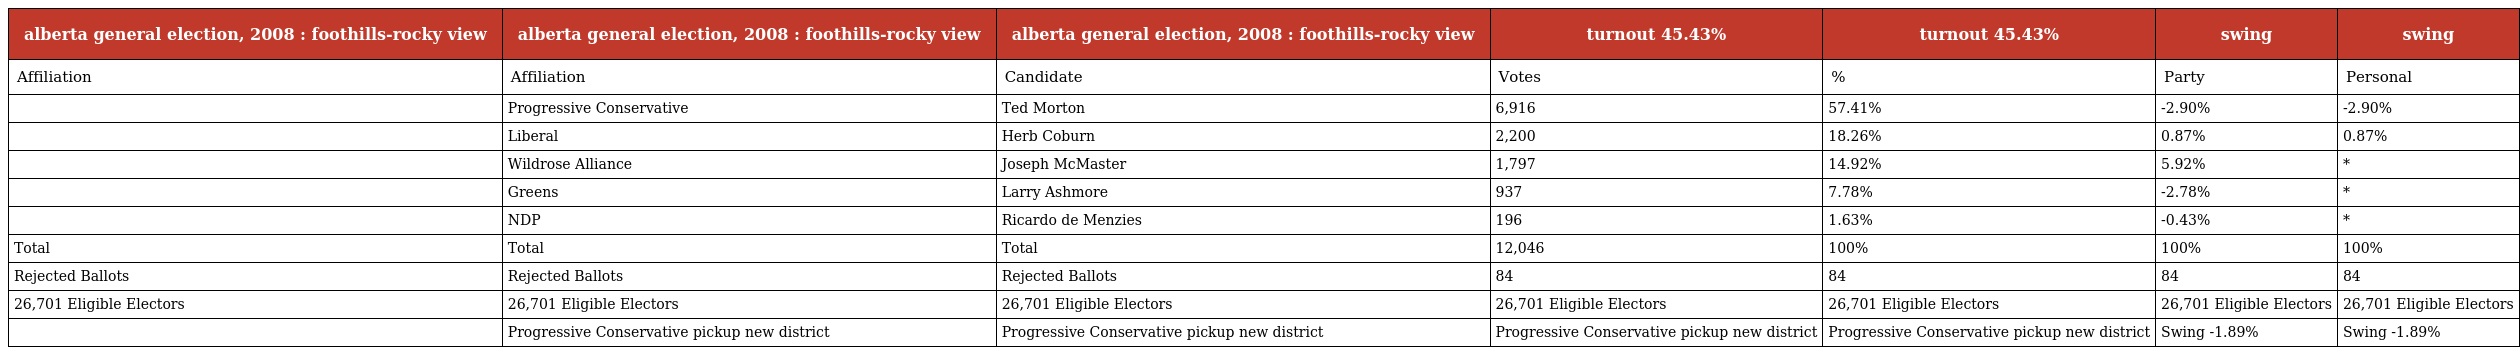
| alberta general election, 2008 : foothills-rocky view | alberta general election, 2008 : foothills-rocky view | alberta general election, 2008 : foothills-rocky view | turnout 45.43% | turnout 45.43% | swing | swing |
 | --- | --- | --- | --- | --- | --- | --- |
 | Affiliation | Affiliation | Candidate | Votes | % | Party | Personal |
 |  | Progressive Conservative | Ted Morton | 6,916 | 57.41% | -2.90% | -2.90% |
 |  | Liberal | Herb Coburn | 2,200 | 18.26% | 0.87% | 0.87% |
 |  | Wildrose Alliance | Joseph McMaster | 1,797 | 14.92% | 5.92% | * |
 |  | Greens | Larry Ashmore | 937 | 7.78% | -2.78% | * |
 |  | NDP | Ricardo de Menzies | 196 | 1.63% | -0.43% | * |
 | Total | Total | Total | 12,046 | 100% | 100% | 100% |
 | Rejected Ballots | Rejected Ballots | Rejected Ballots | 84 | 84 | 84 | 84 |
 | 26,701 Eligible Electors | 26,701 Eligible Electors | 26,701 Eligible Electors | 26,701 Eligible Electors | 26,701 Eligible Electors | 26,701 Eligible Electors | 26,701 Eligible Electors |
 |  | Progressive Conservative pickup new district | Progressive Conservative pickup new district | Progressive Conservative pickup new district | Progressive Conservative pickup new district | Swing -1.89% | Swing -1.89% |